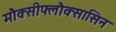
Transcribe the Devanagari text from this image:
मौक्सीफ्लौक्सासिन